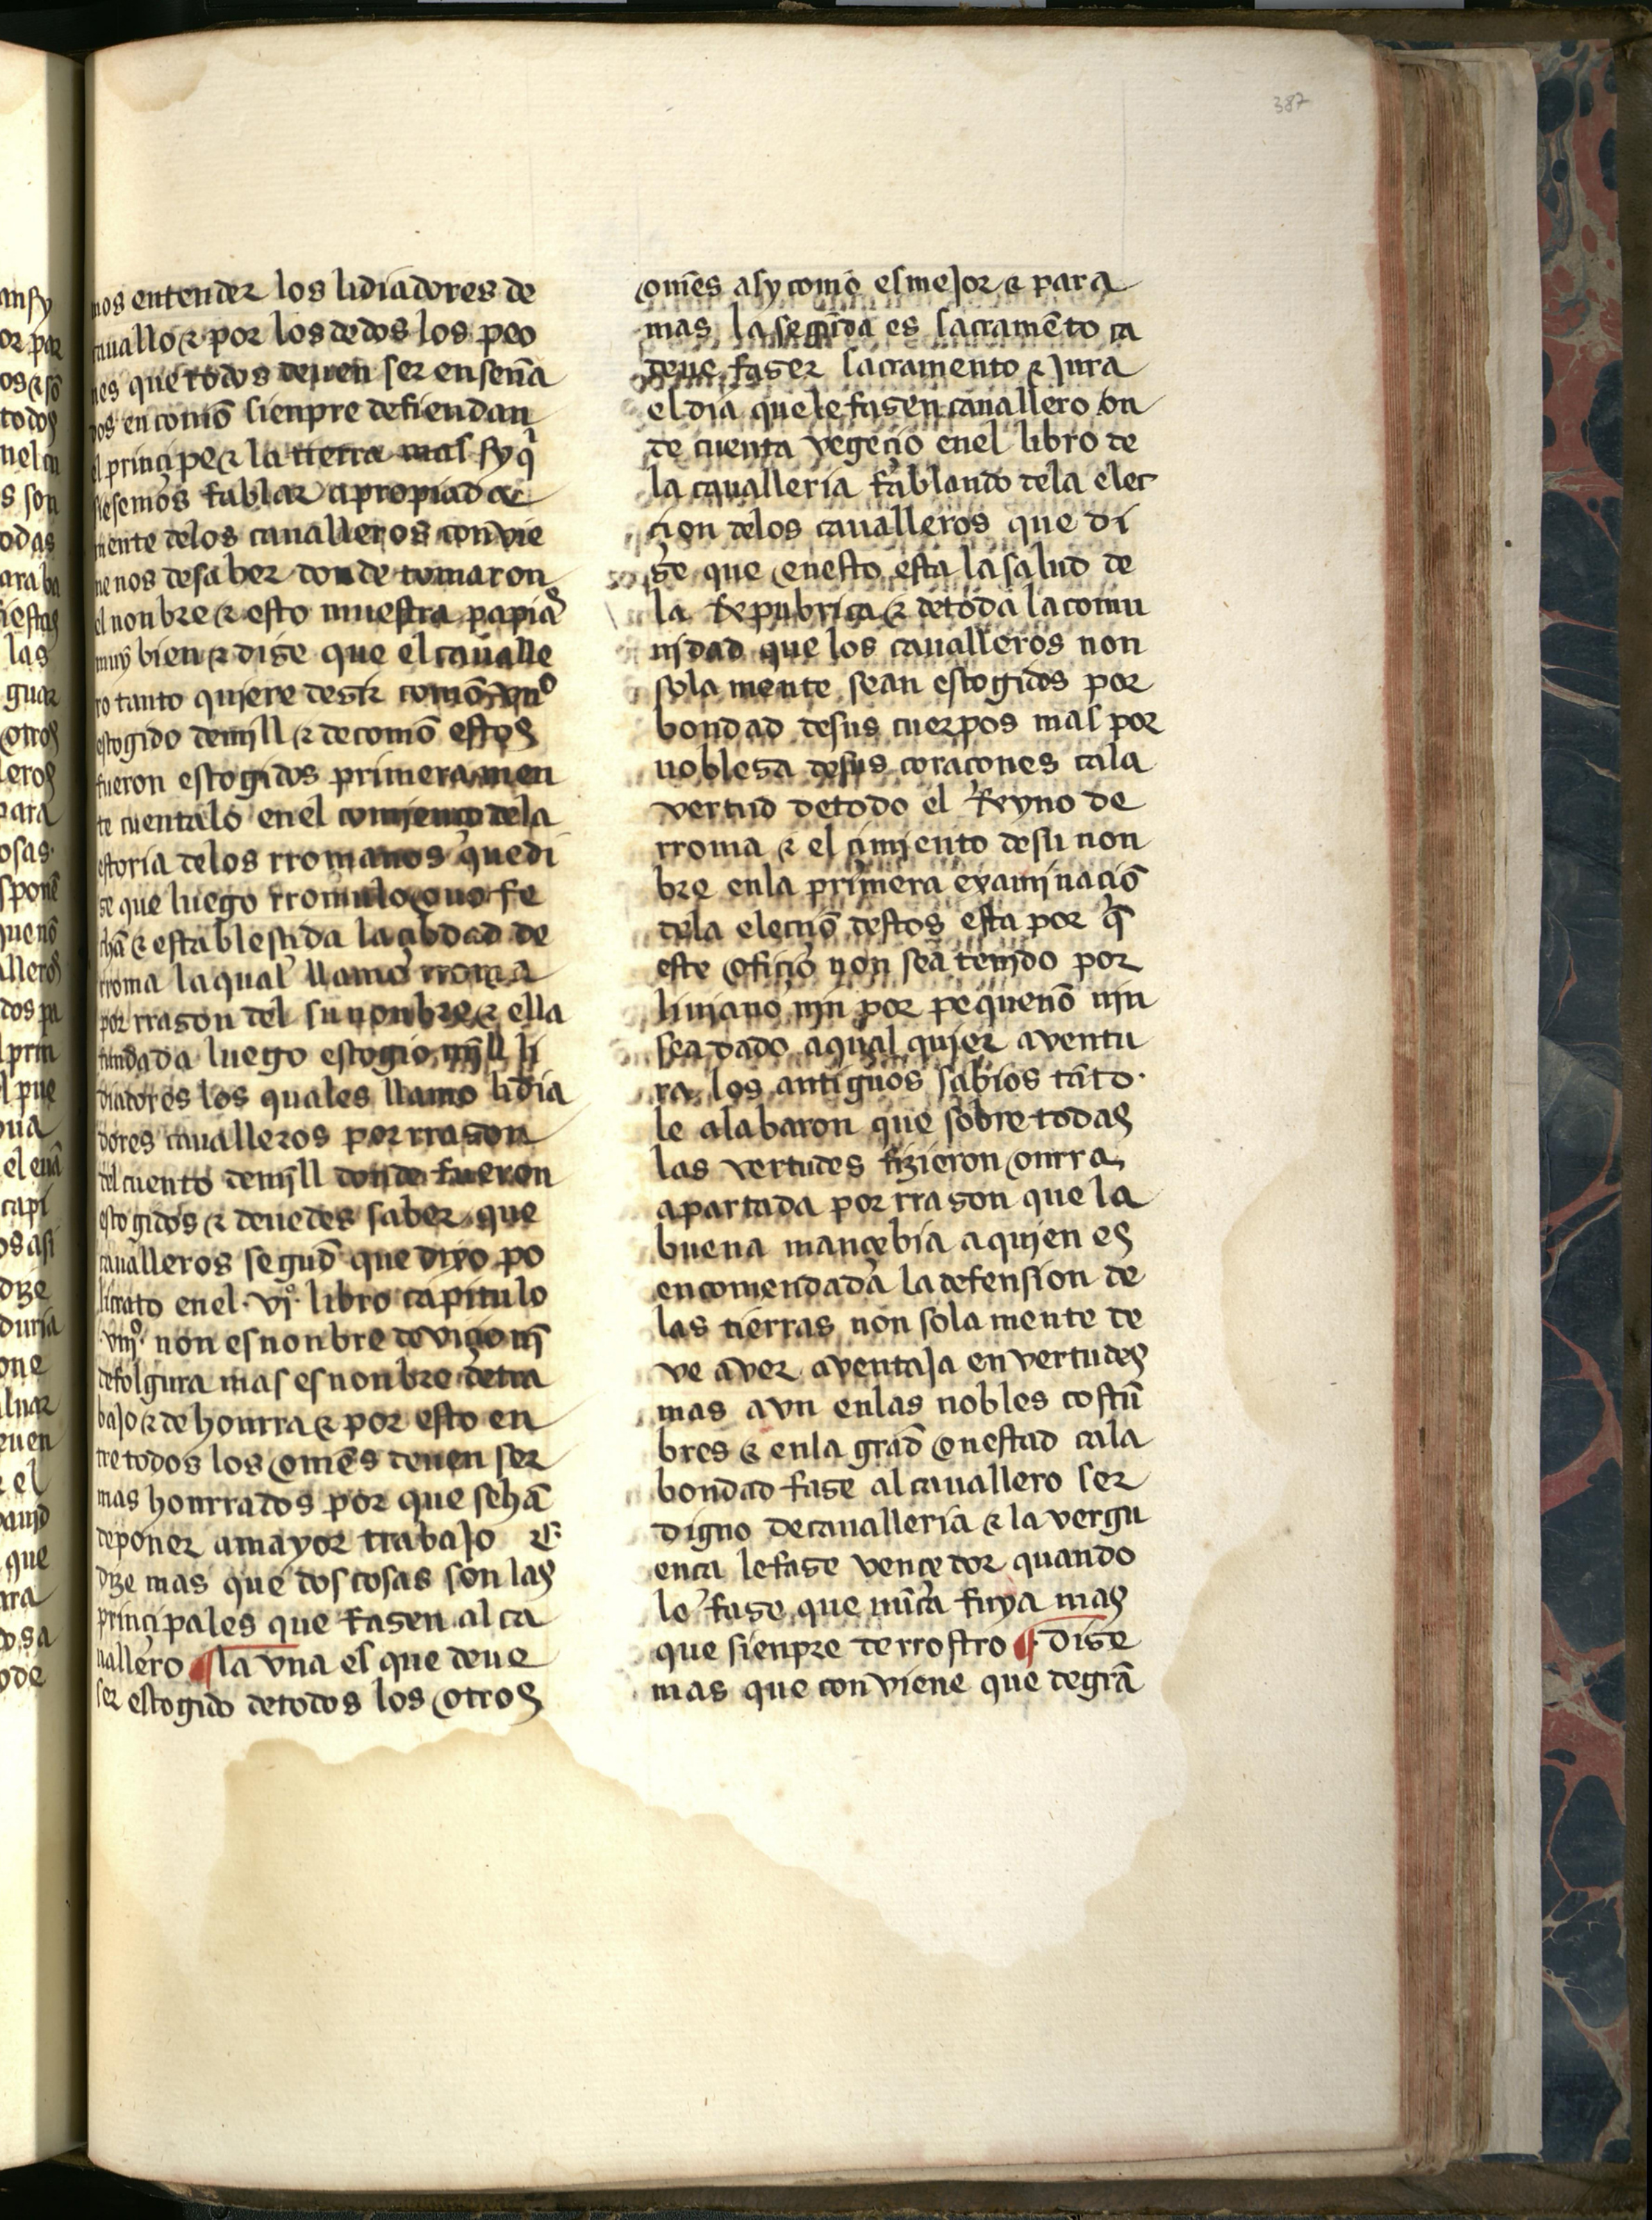
Shelfmark: Salamanca, Biblioteca Histórica USAL, 2709
Century: 15